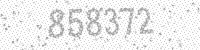
Solution: 858372